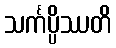
သင်္ကပ္ပိဿတိ